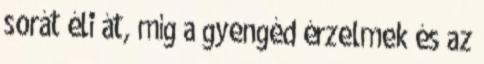
sorát éli át, míg a gyengéd érzelmek és az